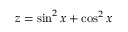
z = \sin ^ { 2 } x + \cos ^ { 2 } x